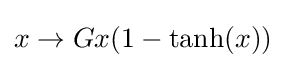
x\rightarrow Gx(1-\tanh(x))